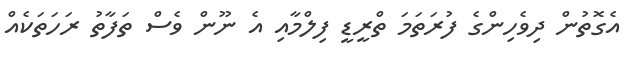
އެގޮތުން ދިވެހިންގެ ފުރަތަމަ ތްރީޑީ ފިލްމާއި އެ ނޫން ވެސް ތަފާތު ރަހަތަކެއް